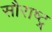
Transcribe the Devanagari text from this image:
सौराष्ट्र्